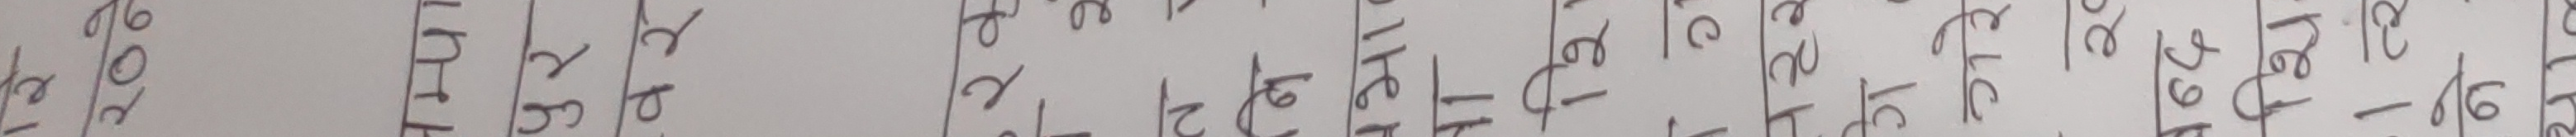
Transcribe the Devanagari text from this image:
१० ११ १२ १३ १४ १५ १६ १७ १८ १९ २०